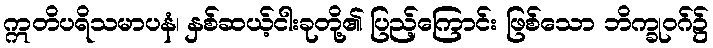
ဣတိပရိသမာပနံ၊ နှစ်ဆယ့်ငါးခုတို့၏ ပြည့်ကြောင်း ဖြစ်သော ဘိက္ခုဝဂ်၌